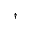
^ \dagger